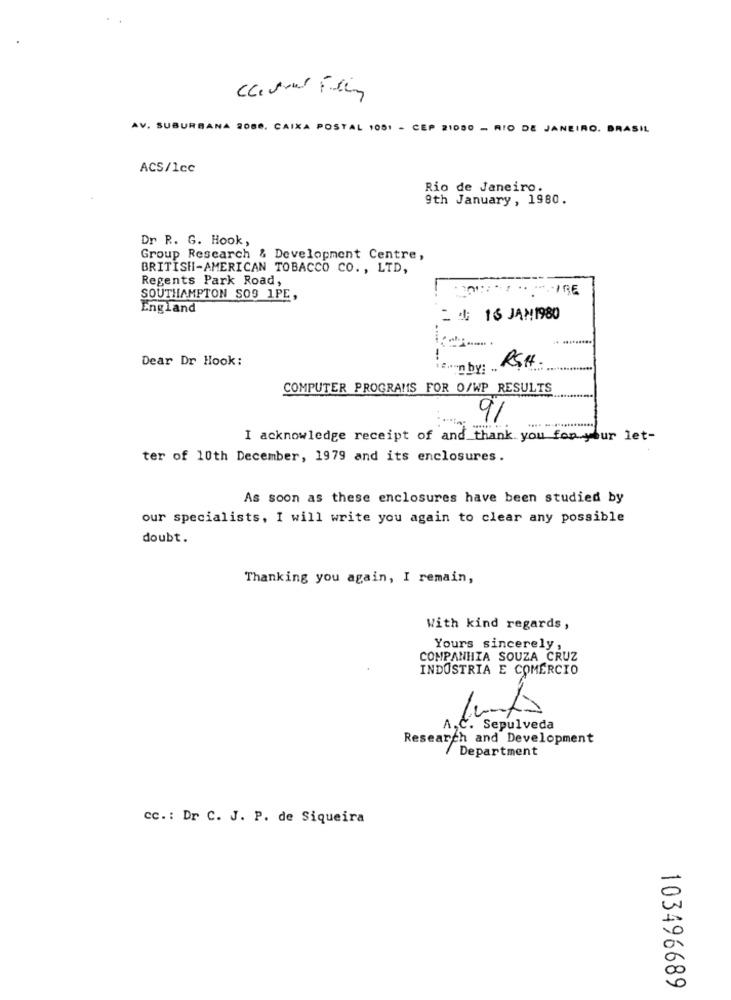
AV. SUBURBANA 2080, CAIXA POSTAL 1051 - CEP 21080 - RIO DE JANEIRO, BRASIL
ACS/1cc
Rio de Janeiro.
9th January, 1980.
Dr R. G. Hook,
Group Research & Development Centre,
BRITISH-AMERICAN TOBACCO CO ., LTD,
Regents Park Road,
SOUTHAMPTON SOS 1PE,
England
:: 16 JAN 1980
Dear Dr Hook:
RSH
:.. "n by:
COMPUTER PROGRAMS FOR O/WP RESULTS
91
I acknowledge receipt of and thank you for your let-
ter of 10th December, 1979 and its enclosures.
As soon as these enclosures have been studied by
our specialists, I will write you again to clear any possible
doubt.
Thanking you again, I remain,
With kind regards,
Yours sincerely,
COMPANHIA SOUZA CRUZ
INDUSTRIA E COMERCIO
A,C. Sepulveda
Research and Development
/ Department
cc .: Dr C. J. P. de Siqueira
103496689